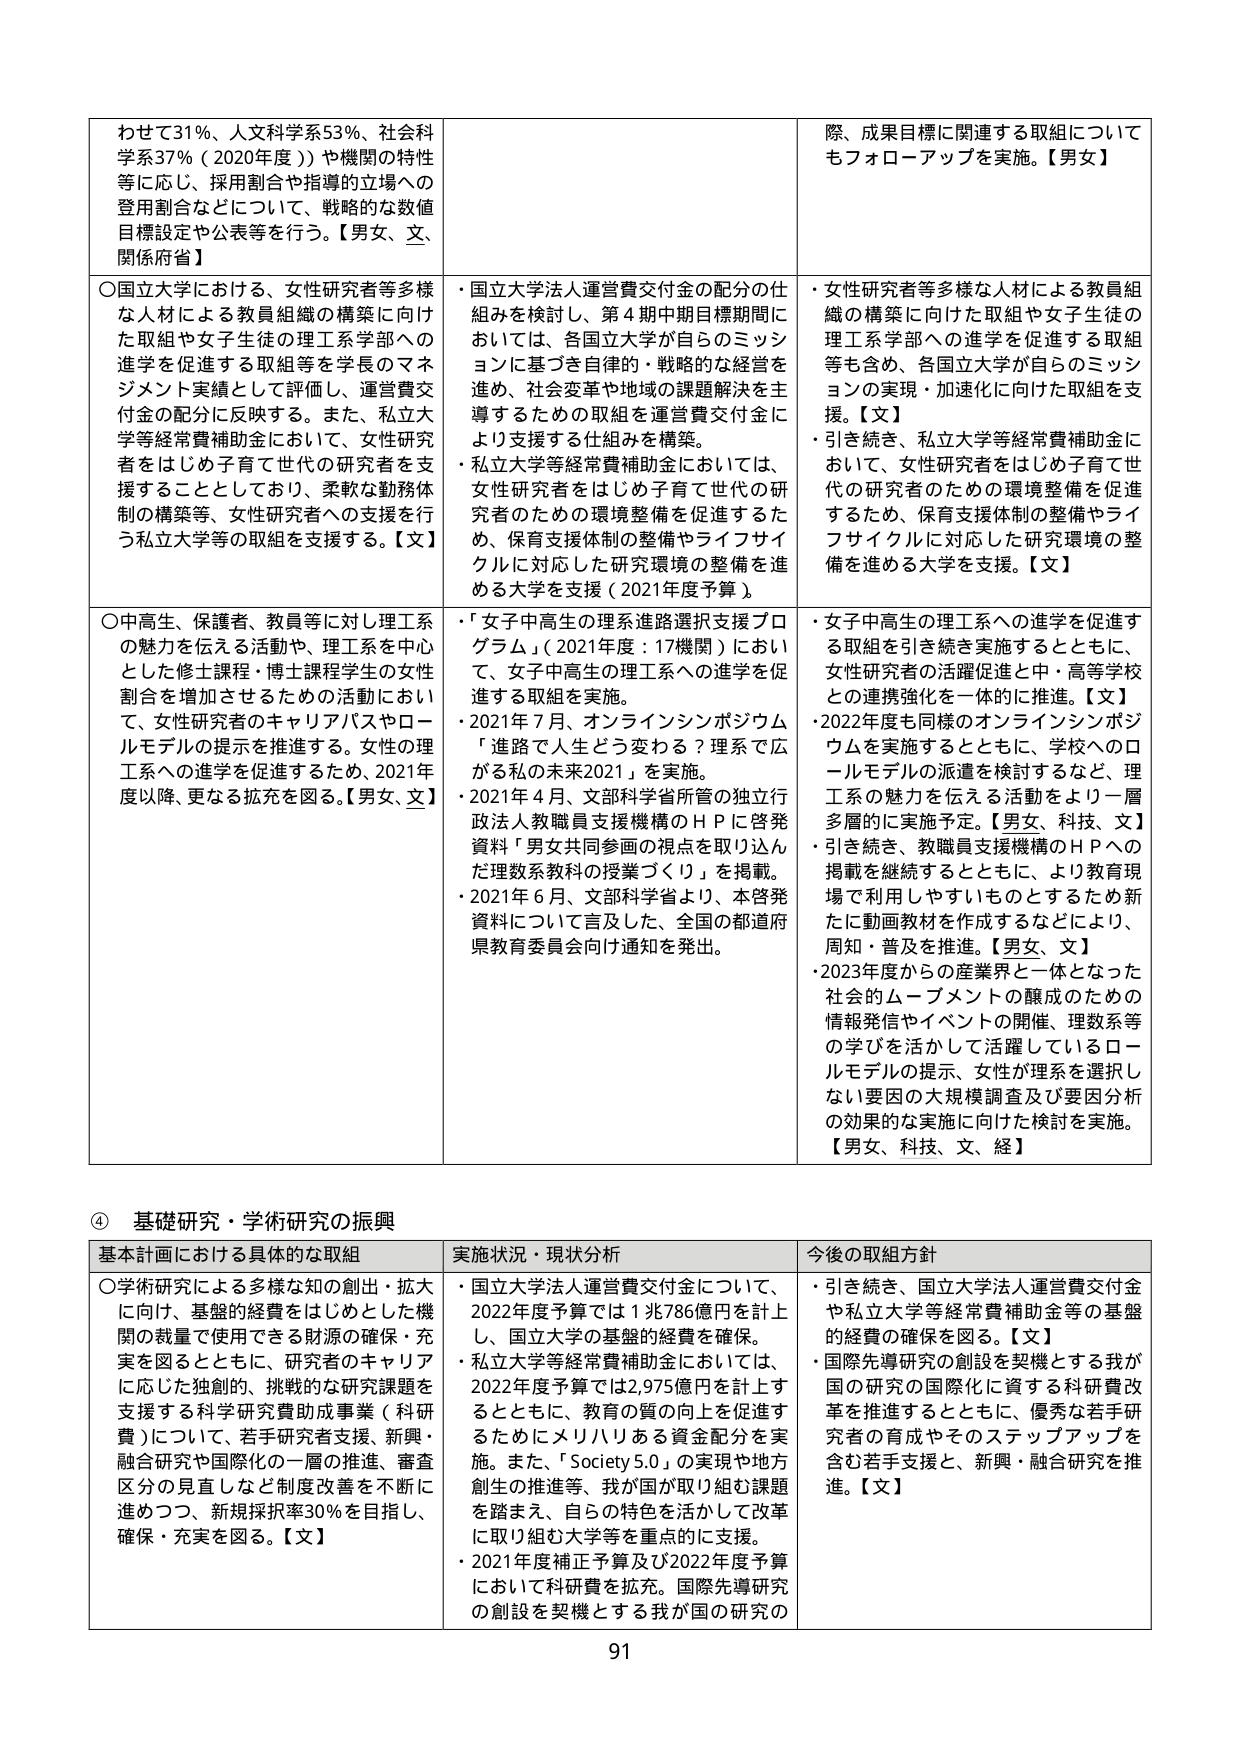
わせて31％、人文科学系53％、社会科学系37％（2020年度））や機関の特性等に応じ、採用割合や指導的立場への登用割合などについて、戦略的な数値目標設定や公表等を行う。【男女、文、関係府省】

〇国立大学における、女性研究者等多様な人材による教員組織の構築に向けた取組や女子生徒の理工系学部への進学を促進する取組等を学長のマネジメント実績として評価し、運営費交付金の配分に反映する。また、私立大学等経常費補助金において、女性研究者をはじめ子育て世代の研究者を支援することとしており、柔軟な勤務体制の構築等、女性研究者への支援を行う私立大学等の取組を支援する。【文】

〇中高生、保護者、教員等に対し理工系の魅力を伝える活動や、理工系を中心とした修士課程・博士課程学生の女性割合を増加させるための活動において、女性研究者のキャリアパスやロールモデルの提示を推進する。女性の理工系への進学を促進するため、2021年度以降、更なる拡充を図る。【男女、文】

・国立大学法人運営費交付金の配分の仕組みを検討し、第4期中期目標期間においては、各国立大学が自らのミッションに基づき自律的・戦略的な経営を進め、社会変革や地域の課題解決を主導するための取組を運営費交付金により支援する仕組みを構築。

・私立大学等経常費補助金においては、女性研究者をはじめ子育て世代の研究者のための環境整備を促進するため、保育支援体制の整備やライフサイクルに対応した研究環境の整備を進める大学を支援（2021年度予算）。

・「女子中高生の理系進路選択支援プログラム」（2021年度：17機関）において、女子中高生の理工系への進学を促進する取組を実施。

・2021年7月、オンラインシンポジウム「進路で人生どう変わる？理系で広がる私の未来2021」を実施。

・2021年4月、文部科学省所管の独立行政法人教職員支援機構のＨＰに啓発資料「男女共同参画の視点を取り込んだ理数系教科の授業づくり」を掲載。

・2021年6月、文部科学省より、本啓発資料について文部科学省、全国の都道府県教育委員会向け通知を発出。

際、成果目標に関連する取組についてもフォローアップを実施。【男女】

・女性研究者等多様な人材による教員組織の構築に向けた取組や女子生徒の理工系学部への進学を促進する取組等も含め、各国立大学が自らのミッションの実現・加速化に向けた取組を支援。【文】

・引き続き、私立大学等経常費補助金において、女性研究者をはじめ子育て世代の研究者のための環境整備を促進するため、保育支援体制の整備やライフサイクルに対応した研究環境の整備を進める大学を支援。【文】

・女子中高生の理工系への進学を促進する取組を引き続き実施するとともに、女性研究者の活躍促進と中・高等学校との連携強化を一体的に推進。【文】

・2022年度も同様のオンラインシンポジウムを実施するとともに、学校へのロールモデルの派遣を検討するなど、理工系の魅力を伝える活動をより一層多層的に実施予定。【男女、科技、文】

・引き続き、教職員支援機構のＨＰへの掲載を継続するとともに、より教育現場で利用しやすいものとするため新たに動画教材を作成するなどにより、周知・普及を推進。【男女、文】

・2023年度からの産業界と一体となった社会的ムーブメントの醸成のための情報発信やイベントの開催、理数系等の学びを活かして活躍しているロールモデルの提示、女性が理系を選択しない要因の大規模調査及び要因分析の効果的な実施に向けた検討を実施。【男女、科技、文、経】

④ 基礎研究・学術研究の振興

基本計画における具体的な取組

〇学術研究による多様な知の創出・拡大に向け、基盤的経費をはじめとした機関の裁量で使用できる財源の確保・充実を図るとともに、研究者のキャリアに応じた独創的、挑戦的な研究課題を支援する科学研究費助成事業（科研費）について、若手研究者支援、新興・融合研究や国際化の一層の推進、審査区分の見直しなど制度改善を不断に進めつつ、新規採択率30％を目指し、確保・充実を図る。【文】

実施状況・現状分析

・国立大学法人運営費交付金について、2022年度予算では1兆786億円を計上し、国立大学の基盤的経費を確保。

・私立大学等経常費補助金においては、2022年度予算では2,975億円を計上するとともに、教育の質の向上を促進するためにメリハリある資金配分を実施。また、「Society 5.0」の実現や地方創生の推進等、我が国が取り組む課題を踏まえ、自らの特色を活かして改革に取り組む大学等を重点的に支援。

・2021年度補正予算及び2022年度予算において科研費を拡充。国際先導研究の創設を契機とする我が国の研究の

今後の取組方針

・引き続き、国立大学法人運営費交付金や私立大学等経常費補助金等の基盤的経費の確保を図る。【文】

・国際先導研究の創設を契機とする我が国の研究の国際化に資する科研費改革を推進するとともに、優秀な若手研究者の育成やそのステップアップを含む若手支援と、新興・融合研究を推進。【文】

91